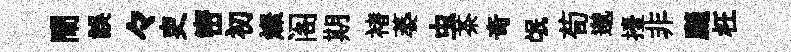
閙誤々吏密初燦阁期褚萎虫茶竒氓荀邈擡非颷枉